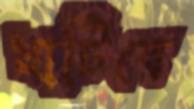
খাটিবে